Civil Veterinary Department Bihar & Orissa reports 1922-29 - 1922-1929
Year: 1922
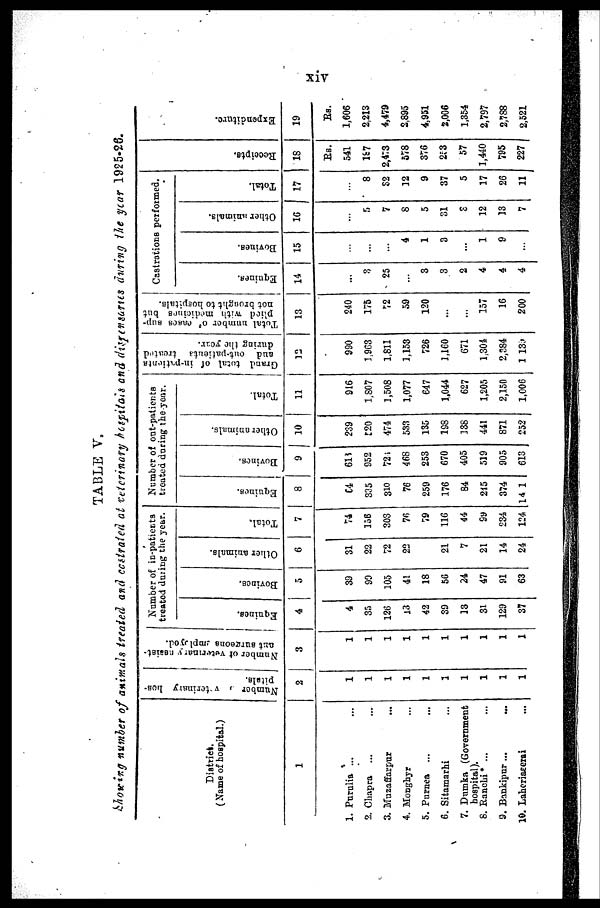
xiv
TABLE V.
Showing number of animals treated and costrated at veterinary hospitals and dispensaries during the year 1925-26.
District.
( Name of hospital.)
1
1. Purulia ...
2. Chapra ...
3. Muzaffarpur
4. Monghyr
5. Purnea ...
6. Sitamarhi
7. Dumka (Government
hospital).
8. Ranchi * ... ...
9. Bankipur ...
...
10. Laheriaserai
Number
veterinary hos-
pitals.
2
Number of vetennary resist-
ant surgeons .emplyoed.
3
Number of in-patients
treated during the year.
Equi nes
4
4
35
126
13
42
39
13
31
129
37
Bovi nes .
5
39
99
105
41
18
56
24
47
91
63
Ot her animals.
6
31
22
72
22
21
7
21
14
24
Tot al .
7
74
156
303
76
79
116
44
99
234
124
Number of out-patients
treated during the year.
Equi nes
8
C4
335
310
76
259
176
84
215
374
141
Bovi nes .
9
613
952
721
468
253
670
405
519
905
613
Ot her animals.
10
239
520
474
533
135
198
138
441
871
252
Tot al .
11
916
1,807
1,508
1,077
647
1,044
627
1,205
2,150
1,006
Grand total of in-paitients
and out-patients treated
during the year.
12
990
1,963
1,811
1,153
726
1,160
671
1,304
2,384
1,130
Total number of cases sup-
plied with medicines but
not brought to hospitals.
13
240
175
12
59
120
...
157
16
200
Castrations performed.
Equi nes .
14
...
3
25
3
3
2
4
4
4
Bovni e s
15
4
1
3
1
9
...
Ot her animals.
16
5
7
8
5
31
C
12
13
7
Tot al .
17
8
S2
12
9
37
5
17
26
11
.
Receipts
18
Rs.
541
137
2,473
578
376
253
57
1,440
795
227
Expe ndi t
ur e .
19
Rs.
1,606
2,213
4,479
2,895
4,951
2,006
1,354
2,797
2,788
2,521